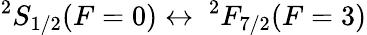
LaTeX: ^{2}S_{1/2}(F=0)\leftrightarrow\ ^{2}F_{7/2}(F=3)